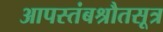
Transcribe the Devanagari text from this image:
आपस्तंबश्रौतसूत्र